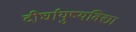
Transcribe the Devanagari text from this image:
दीर्घायुष्यविद्या